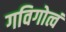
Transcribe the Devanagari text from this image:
गविगोत्वं